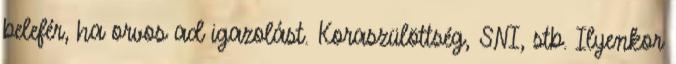
belefér, ha orvos ad igazolást. Koraszülöttség, SNI, stb. Ilyenkor